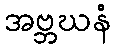
အဗ္ဘဃနံ